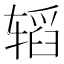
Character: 𮷝